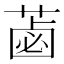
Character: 𦷕